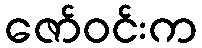
ဇော်ဝင်းက